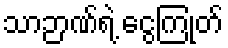
သာဉာဏ်ရဲ့ ငွေကြုတ်